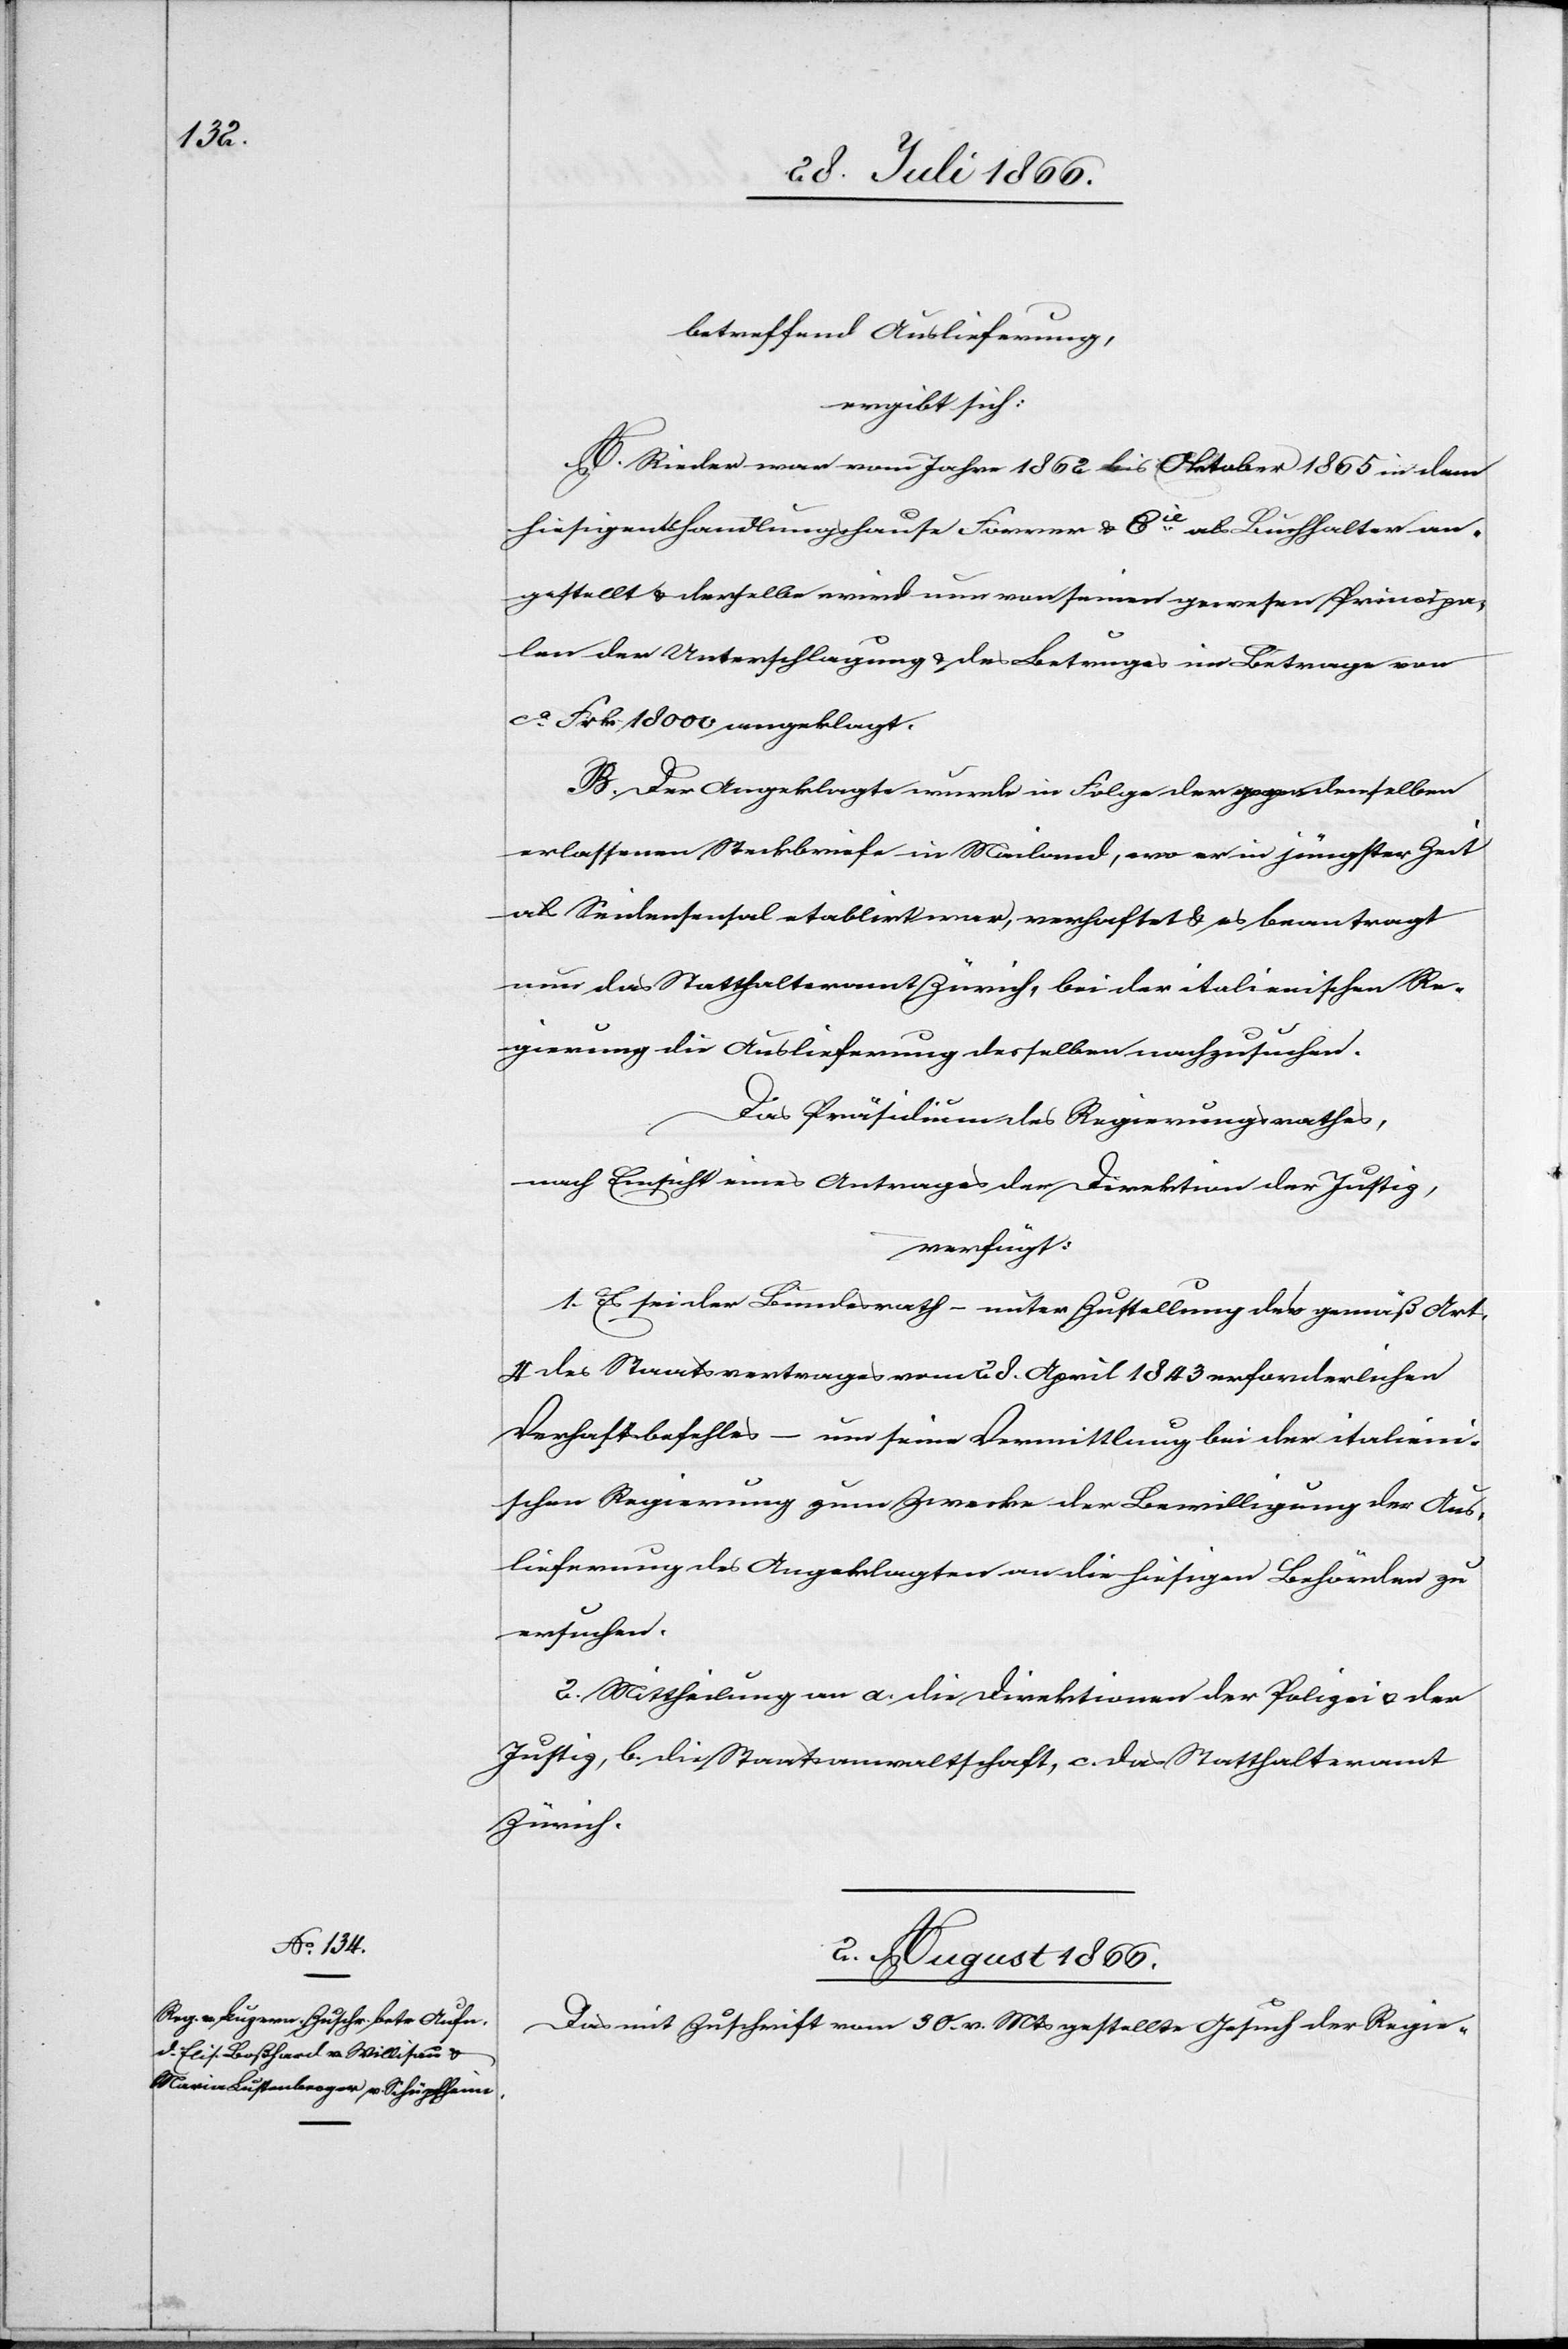
betreffend Auslieferung,
ergibt sich:
A. Rieder war vom Jahre 1862 bis Oktober 1865 in dem
hiesigen Handlungshause Forrer u. Cie. als Buchhalter an¬
gestellt u. derselbe wird nun von seinen gewesen Principa¬
len der Unterschlagung u. des Betruges im Betrage von
ca. Frk. 18 000 angeklagt.
B. Der Angeklagte wurde in Folge der gegen denselben
erlassenen Steckbriefe in Mailand, wo er in jüngster Zeit
als Seidensensal etablirt war, verhaftet u. es beantragt
nun das Statthalteramt Zürich, bei der italienischen Re¬
gierung die Auslieferung desselben nachzusuchen.
Das Präsidium des Regierungsrathes,
nach Einsicht eines Antrages der Direktion der Justiz,
verfügt:
1. Es sei der Bundesrath – unter Zustellung des gemäß Art.
4 des Staatsvertrages vom 28. April 1843 erforderlichen
Verhaftsbefehles – um seine Vermittlung bei der italieni¬
schen Regierung zum Zwecke der Bewilligung der Aus¬
lieferung des Angeklagten an die hiesigen Behörden zu
ersuchen.
2. Mittheilung an a. die Direktionen der Polizei u. der
Justiz, b. die Staatsanwaltschaft, c. das Statthalteramt
Zürich.
2. August 1866.
Das mit Zuschrift vom 30. v. Mts gestellte Gesuch der Regie-